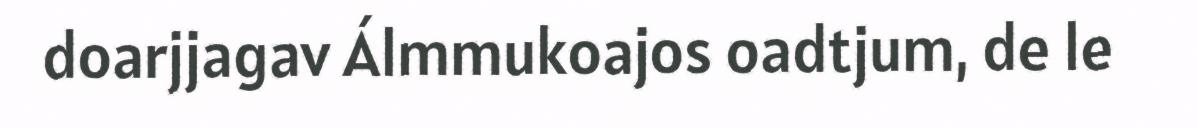
doarjjagav Álmmukoajos oadtjum, de le